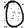
Digit: 0